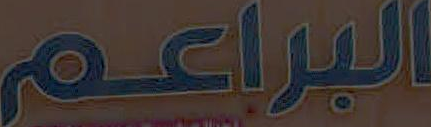
البراعم